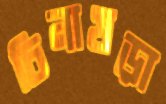
চিনাখড়া